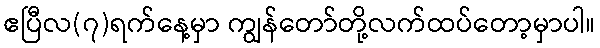
ဧပြီလ(၇)ရက်နေ့မှာ ကျွန်တော်တို့လက်ထပ်တော့မှာပါ။